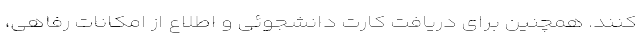
کنند. همچنین برای دریافت کارت دانشجوئی و اطلاع از امکانات رفاهی،